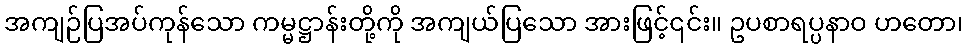
အကျဉ်ပြအပ်ကုန်သော ကမ္မဋ္ဌာန်းတို့ကို အကျယ်ပြသော အားဖြင့်၎င်း။ ဥပစာရပ္ပနာဝ ဟတော၊